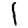
Digit: 1